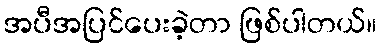
အပီအပြင်ပေးခဲ့တာ ဖြစ်ပါတယ်။